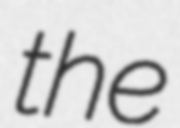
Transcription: the